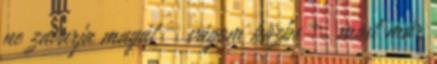
ne zavarja magát – vágom közbe –, most már